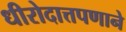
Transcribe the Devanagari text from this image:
धीरोदात्तपणाने